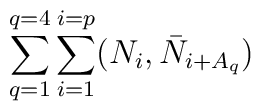
\sum_{q=1}^{q =4} \sum_{i=1}^{i=p} (N_i, \bar{N}_{i+A_q})